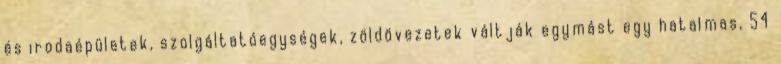
és irodaépületek, szolgáltatóegységek, zöldövezetek váltják egymást egy hatalmas, 54